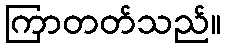
ကြာတတ်သည်။